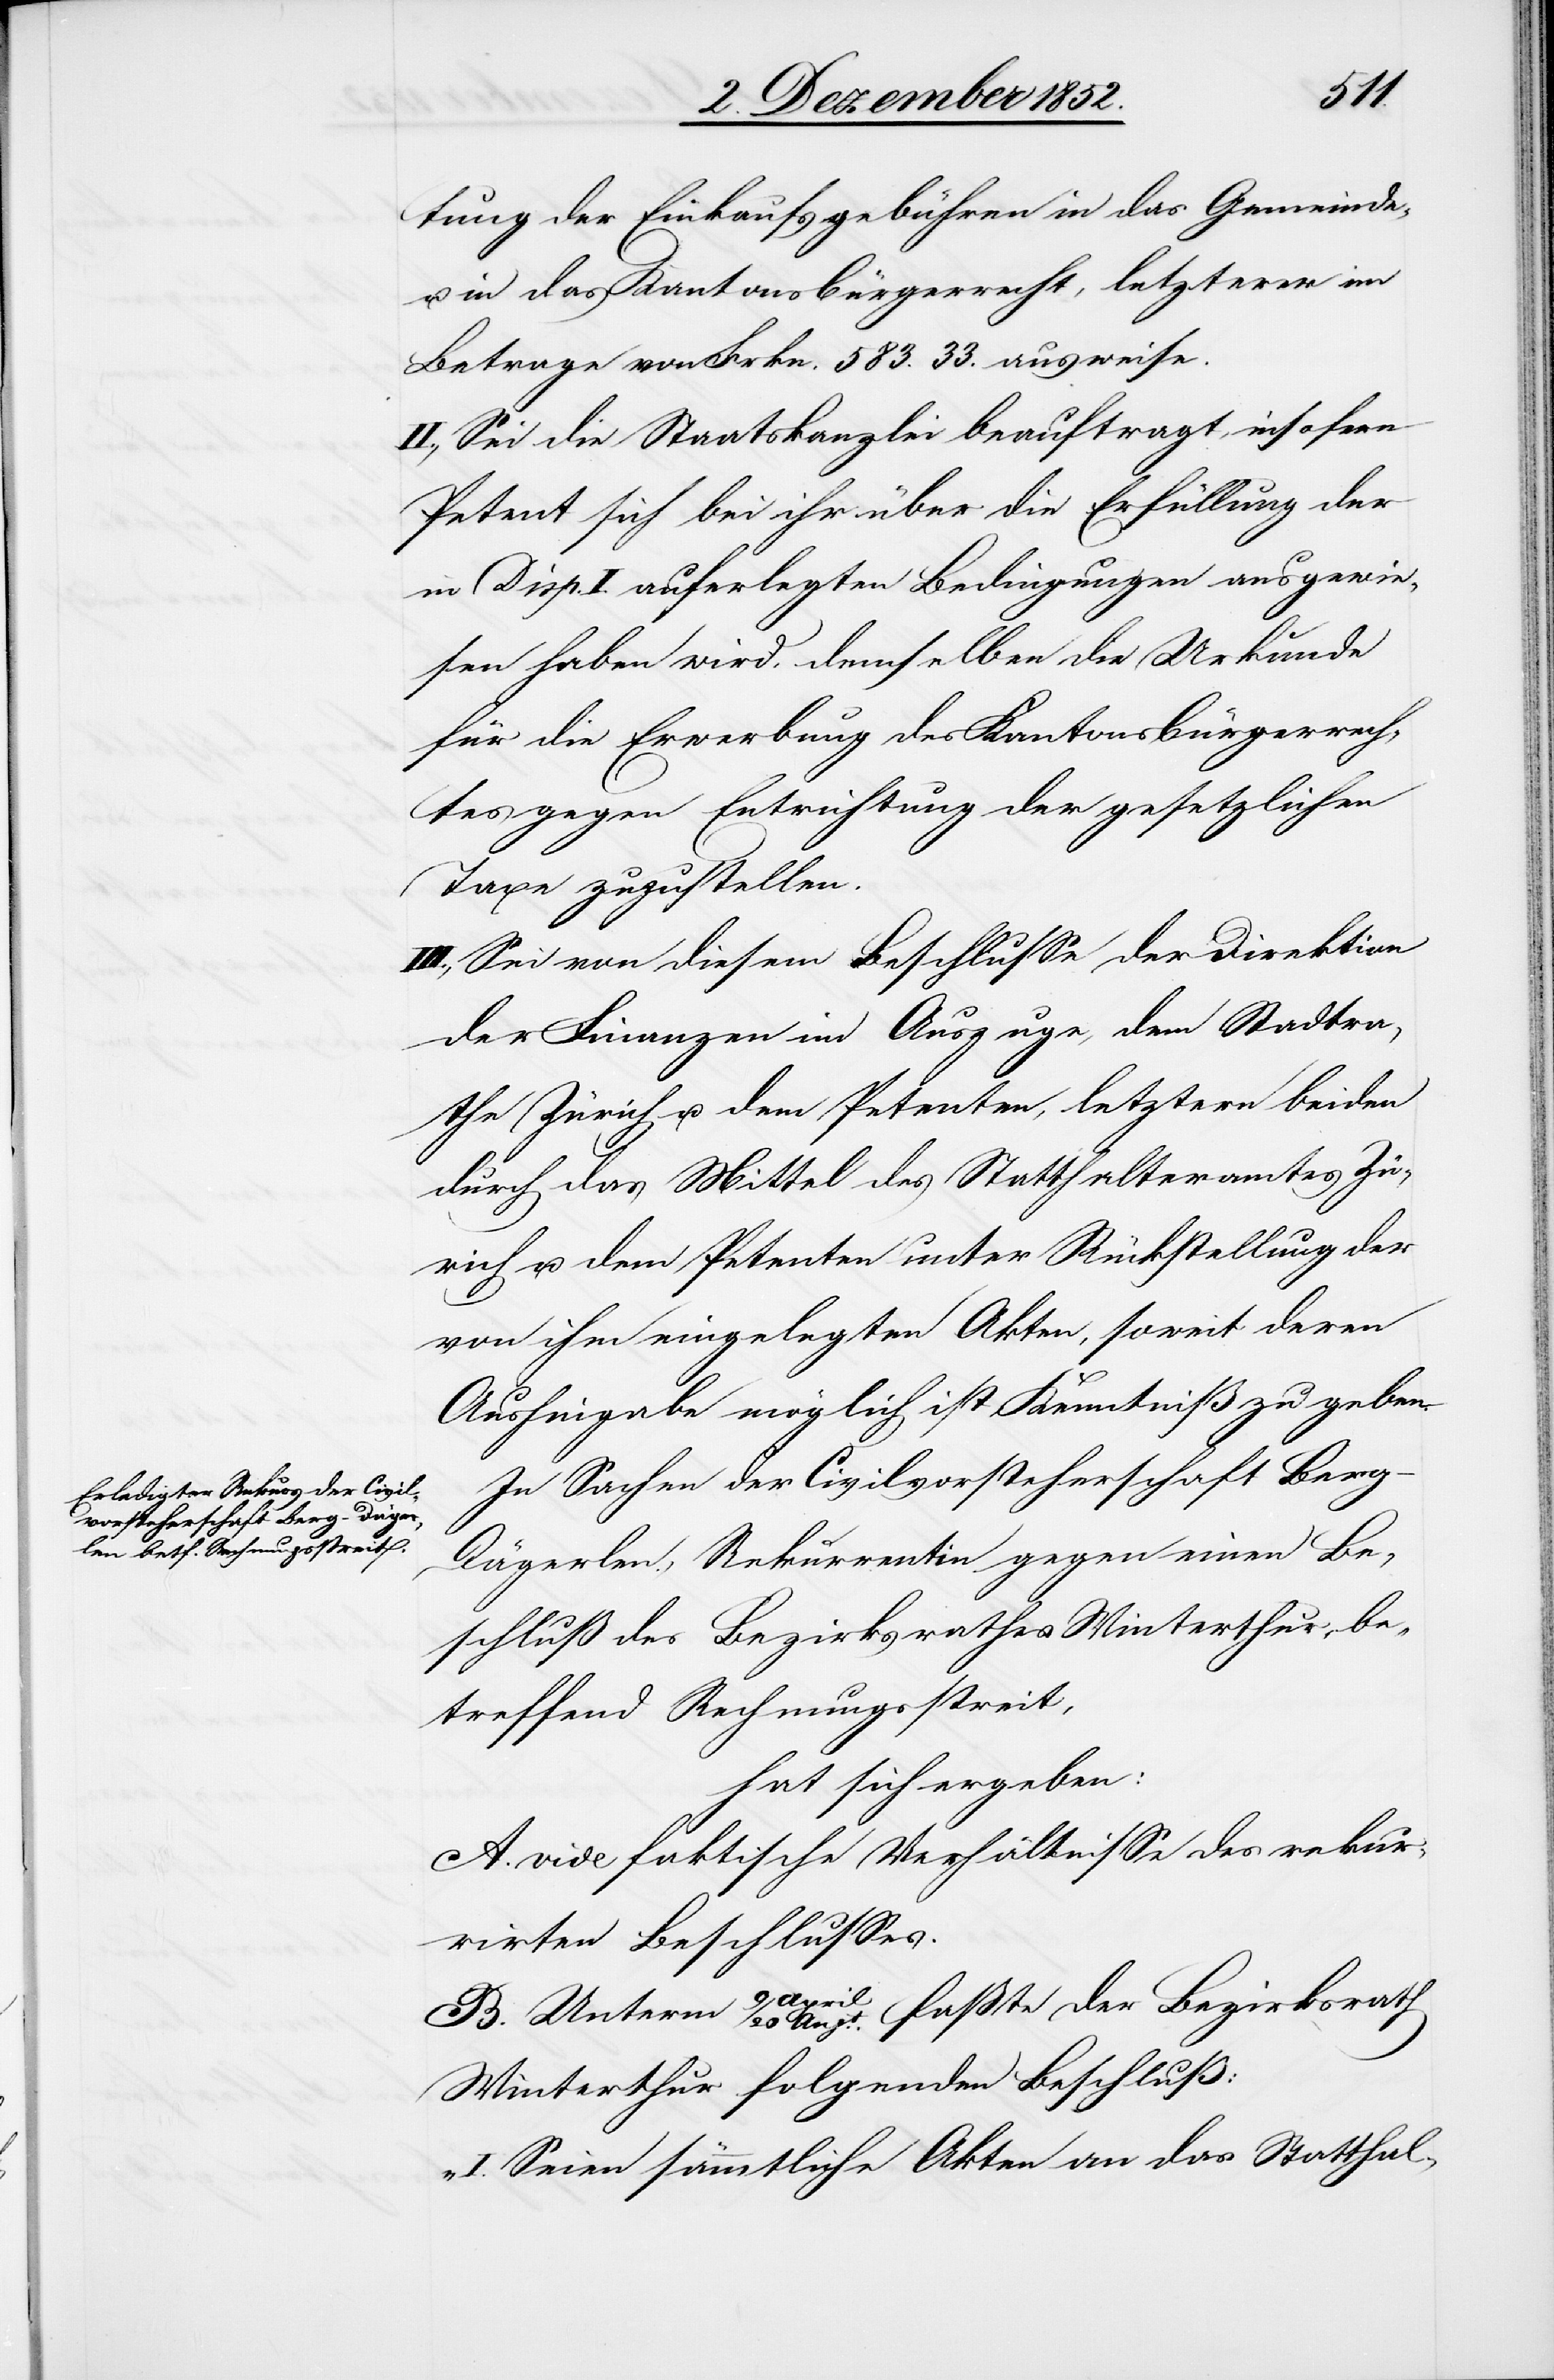
tung der Einkaufsgebühren in das Gemeinde-
in das Kantonsbürgerrecht, letzterer im
Betrage von Frkn. 583. 33. ausweise.
II., Sei die Staatskanzlei beauftragt, insofern
Petent sich bei ihr über die Erfüllung der
in Disp. I. auferlegten Bedingungen ausgewie¬
sen haben wird, demselben die Urkunde
für die Erwerbung des Kantonsbürgerrech¬
tes gegen Entrichtung der gesetzlichen
Taxe zuzustellen.
III., Sei von diesem Beschlusse der Direktion
der Finanzen im Auszuge, dem Stadtra¬
the Zürich u. dem Petenten, letztern beiden
durch das Mittel des Statthalteramtes Zü¬
rich u. dem Petenten unter Rückstellung der
von ihm eingelegten Akten, soweit deren
Aushingabe möglich ist, Kenntniß zu geben.
In Sachen der Civilvorsteherschaft Berg-D¬
ägerlen, Rekurrentin gegen einen Be¬
schluß des Bezirksrathes Winterthur, be¬
treffend Rechnungsstreit,
hat sich ergeben:
A. vide faktische Verhältnisse des rekur¬
rirten Beschlusses.
B. Unterm 9 April / 20 Augt. faßte der Bezirksrath
Winterthur folgenden Beschluß:
„I. Seien sämmtliche Akten an das Statthal-